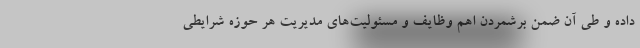
داده و طی آن ضمن برشمردن اهم وظایف و مسئولیت‌های مدیریت هر حوزه شرایطی